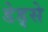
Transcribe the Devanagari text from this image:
डेड्से